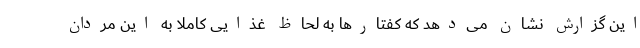
این گزارش نشان می‌دهد که کفتار‌ها به لحاظ غذایی کاملاً به این مردان